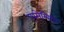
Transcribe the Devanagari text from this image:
एस्सेम्बिलि